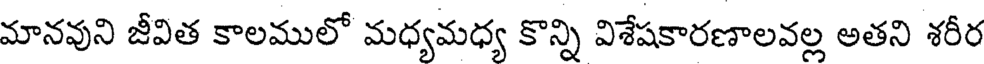
మానవుని జీవిత కాలములో మధ్యమధ్య కొన్ని విశేషకారణాలవల్ల అతని శరీర